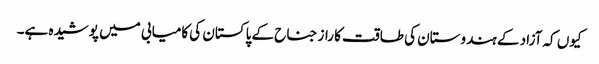
کیوں کہ آزاد کے ہندوستان کی طاقت کا راز جناح کے پاکستان کی کامیابی میں پوشیدہ ہے۔